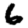
Digit: 6